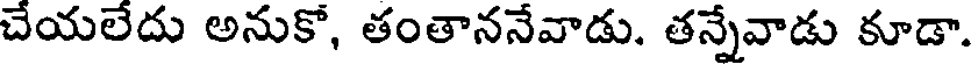
చేయలేదు అనుకో, తంతాననేవాడు. తన్నేవాడు కూడా.